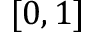
[ 0 , 1 ]